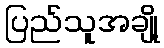
ပြည်သူအချို့